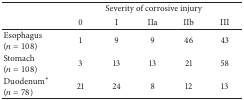
<table><thead><tr><td><b> </b></td><td colspan="5"><b>Severity of corrosive injury</b></td></tr><tr><td><b> </b></td><td><b>0</b></td><td><b>I</b></td><td><b>IIa</b></td><td><b>IIb</b></td><td><b>III</b></td></tr></thead><tbody><tr><td>Esophagus (<i>n</i> = 108)</td><td>1</td><td>9</td><td>9</td><td>46</td><td>43</td></tr><tr><td>Stomach (<i>n</i> = 108)</td><td>3</td><td>13</td><td>13</td><td>21</td><td>58</td></tr><tr><td>Duodenum∗ (<i>n</i> = 78)</td><td>21</td><td>24</td><td>8</td><td>12</td><td>13</td></tr></tbody></table>